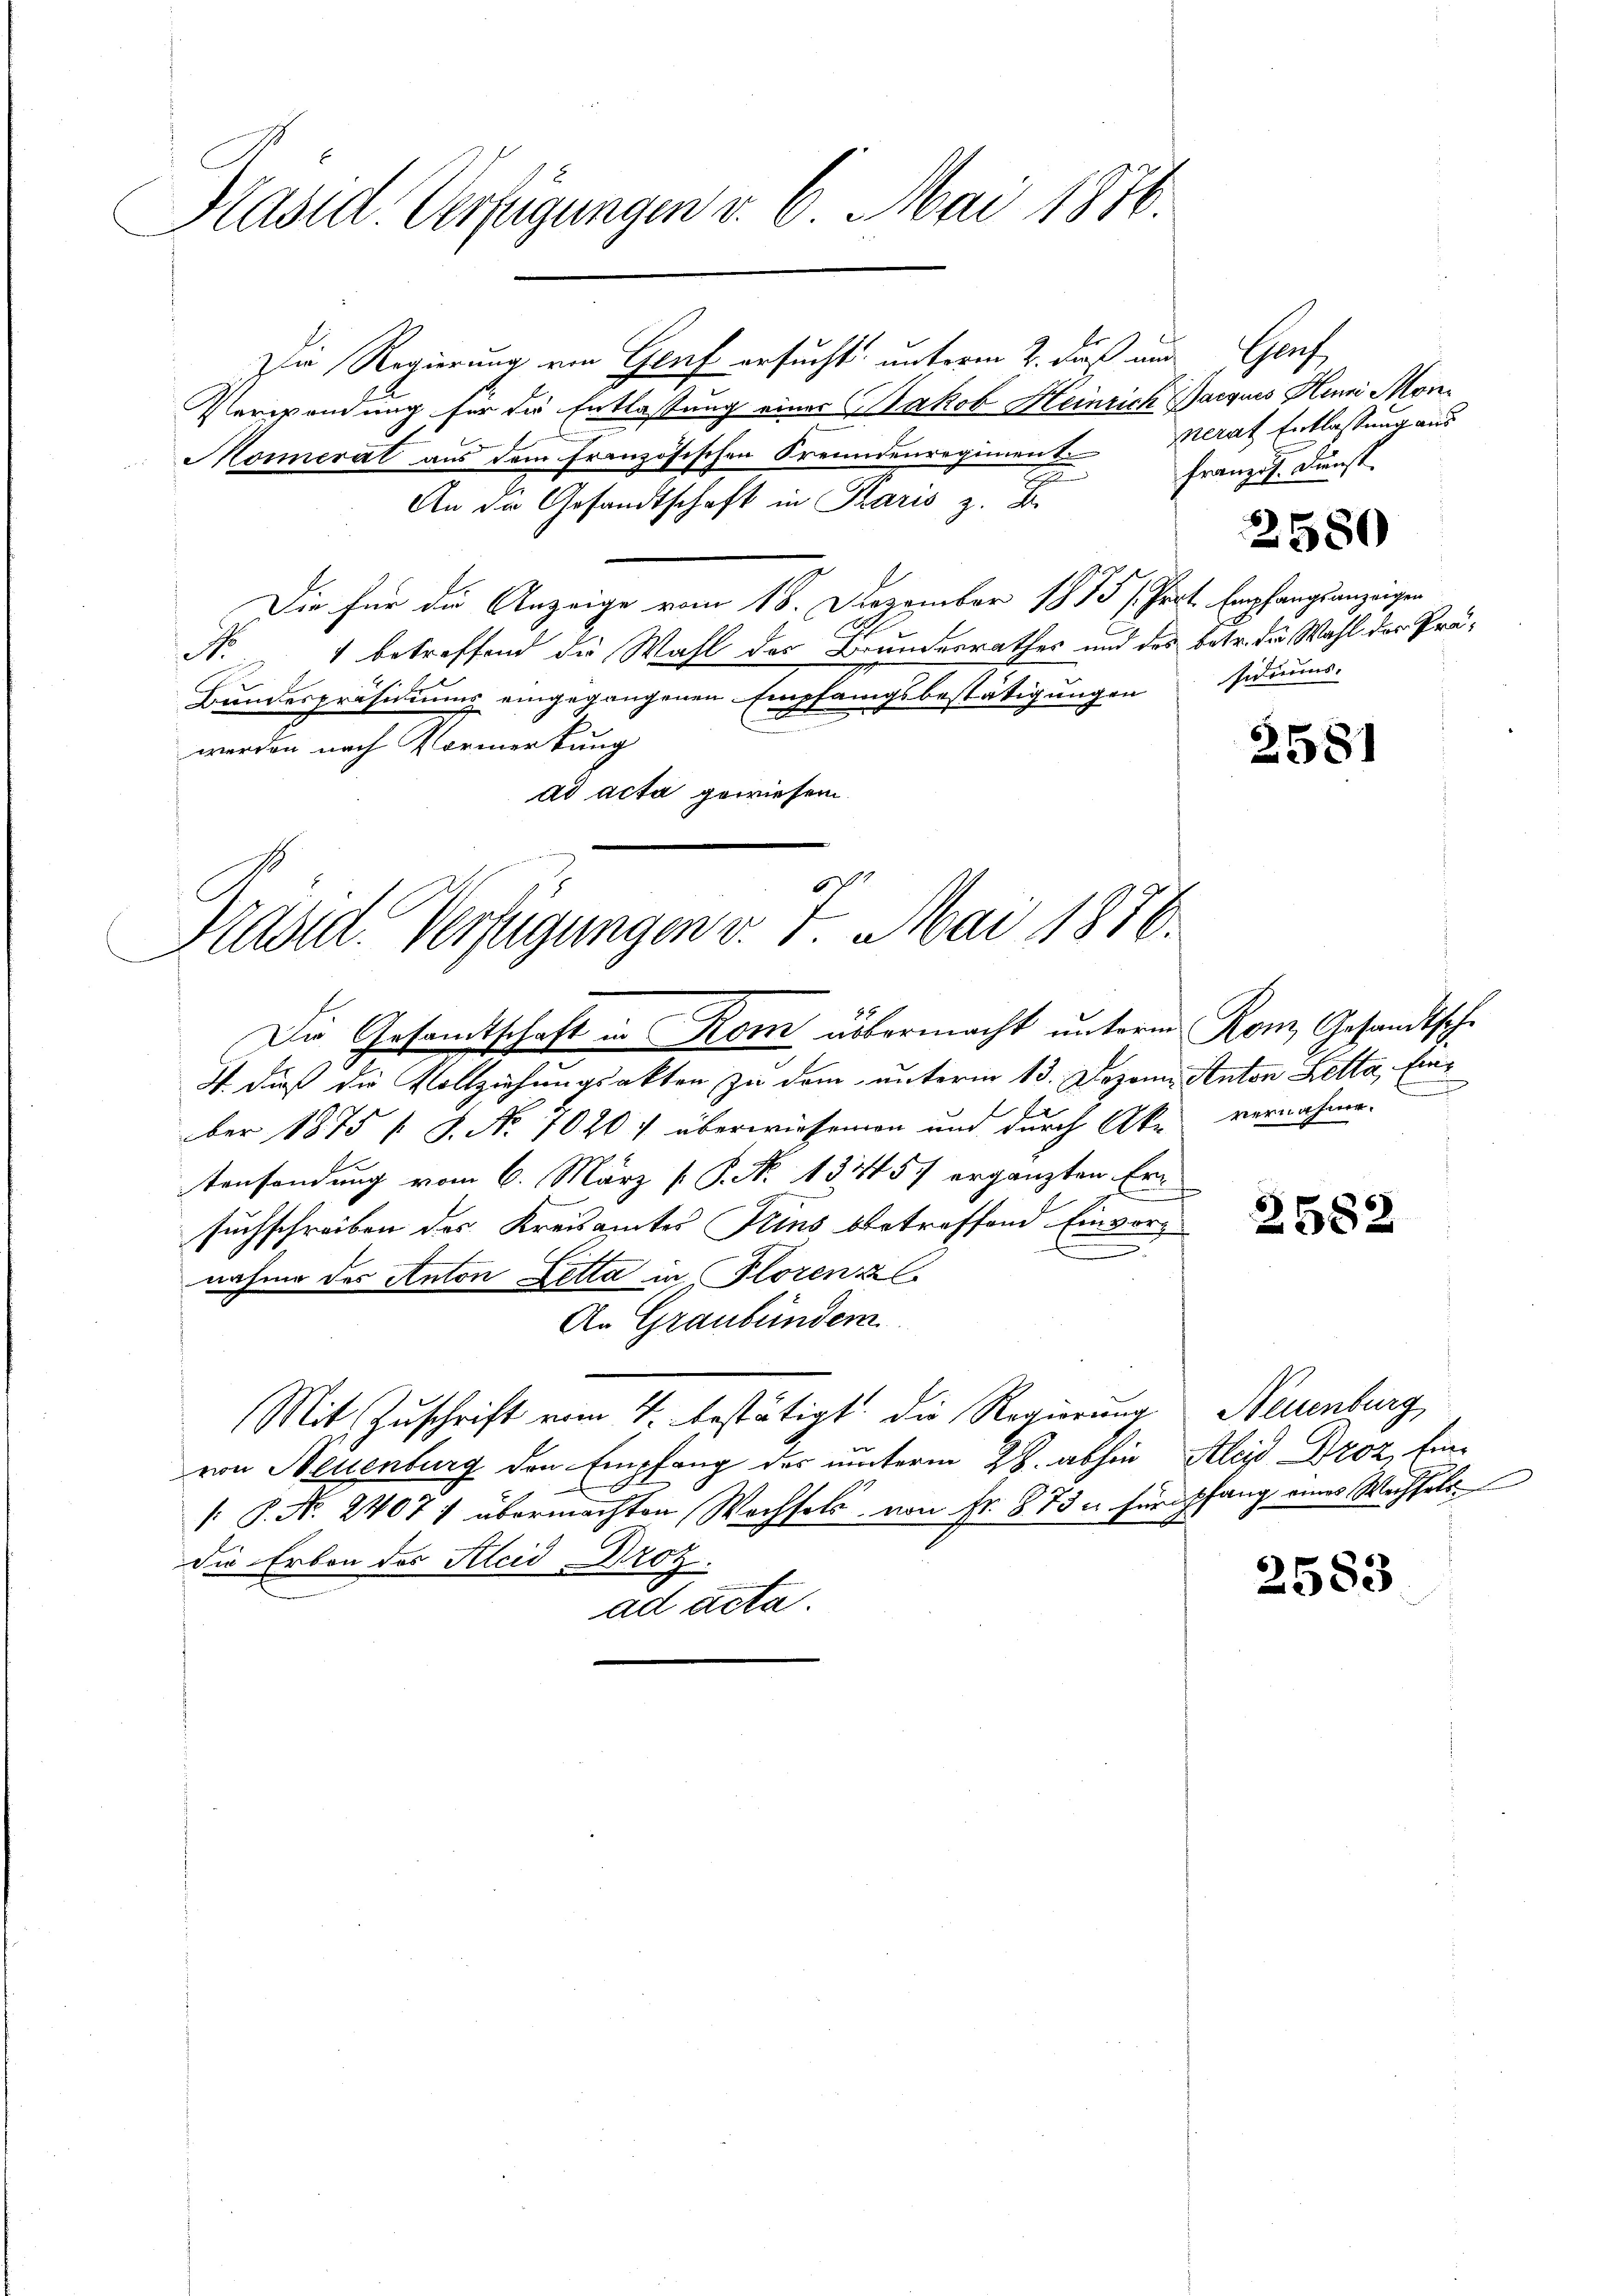
Präsid Verfügungen v. 6. Mai 1876.

Die Regierung ein Genf ersucht, unterm 2. daß und Genf
Verwendung für die Entlassung einer Jakob Heinrich Marques Henni Mon¬
Monnerat aus dem französischen Freundenregiment. Berat Entlassung aus
e
An die Gesandtschaft in Paris z. B.
Die für die Anzeige vom 18. Dezember 1875 /Prot. Empfangsanzeigen
N 1 betreffend die Wahl der Bundesrathes und des betr. die Wahl des Prä¬
Bundespräsidiums eingegangenen Empfangsbestätigungen sidiums-
werden nach Vormerkung
ad acta gewiesen.
Die Gesamtschaft in Rom übermacht unterm Rom, Gesandtsche
4. daß die Vollziehungsakten zu dem unterm 13. Dezem Anton Betta, Einber 1875 f. J. No 70207 überwiesenen und durch Ake vernahme
tensendung vom 6. März [ P. Nr. 131457 ergänzten Ersuchschreiben des Kreisamtes Feins betreffend Einvorg
nahme des Anton Letta in Florenz
An Graubünder
Mit Zuschrift vom 4. bestätigt. Die Regierung
von Neuenburg den Empfang des unterm 28. abhin Alois Droz. Ein¬
[: P. N. 24071 übermachten Wachsels von fr. 873 u. für pfang eines Wechsels
die Erben des Kleid Droz.
ad acta.

Präsid. Verfügungen v. 7. Mai 1876.

französ. Dunst.
2580

2581

2582

Neuenburg

2583